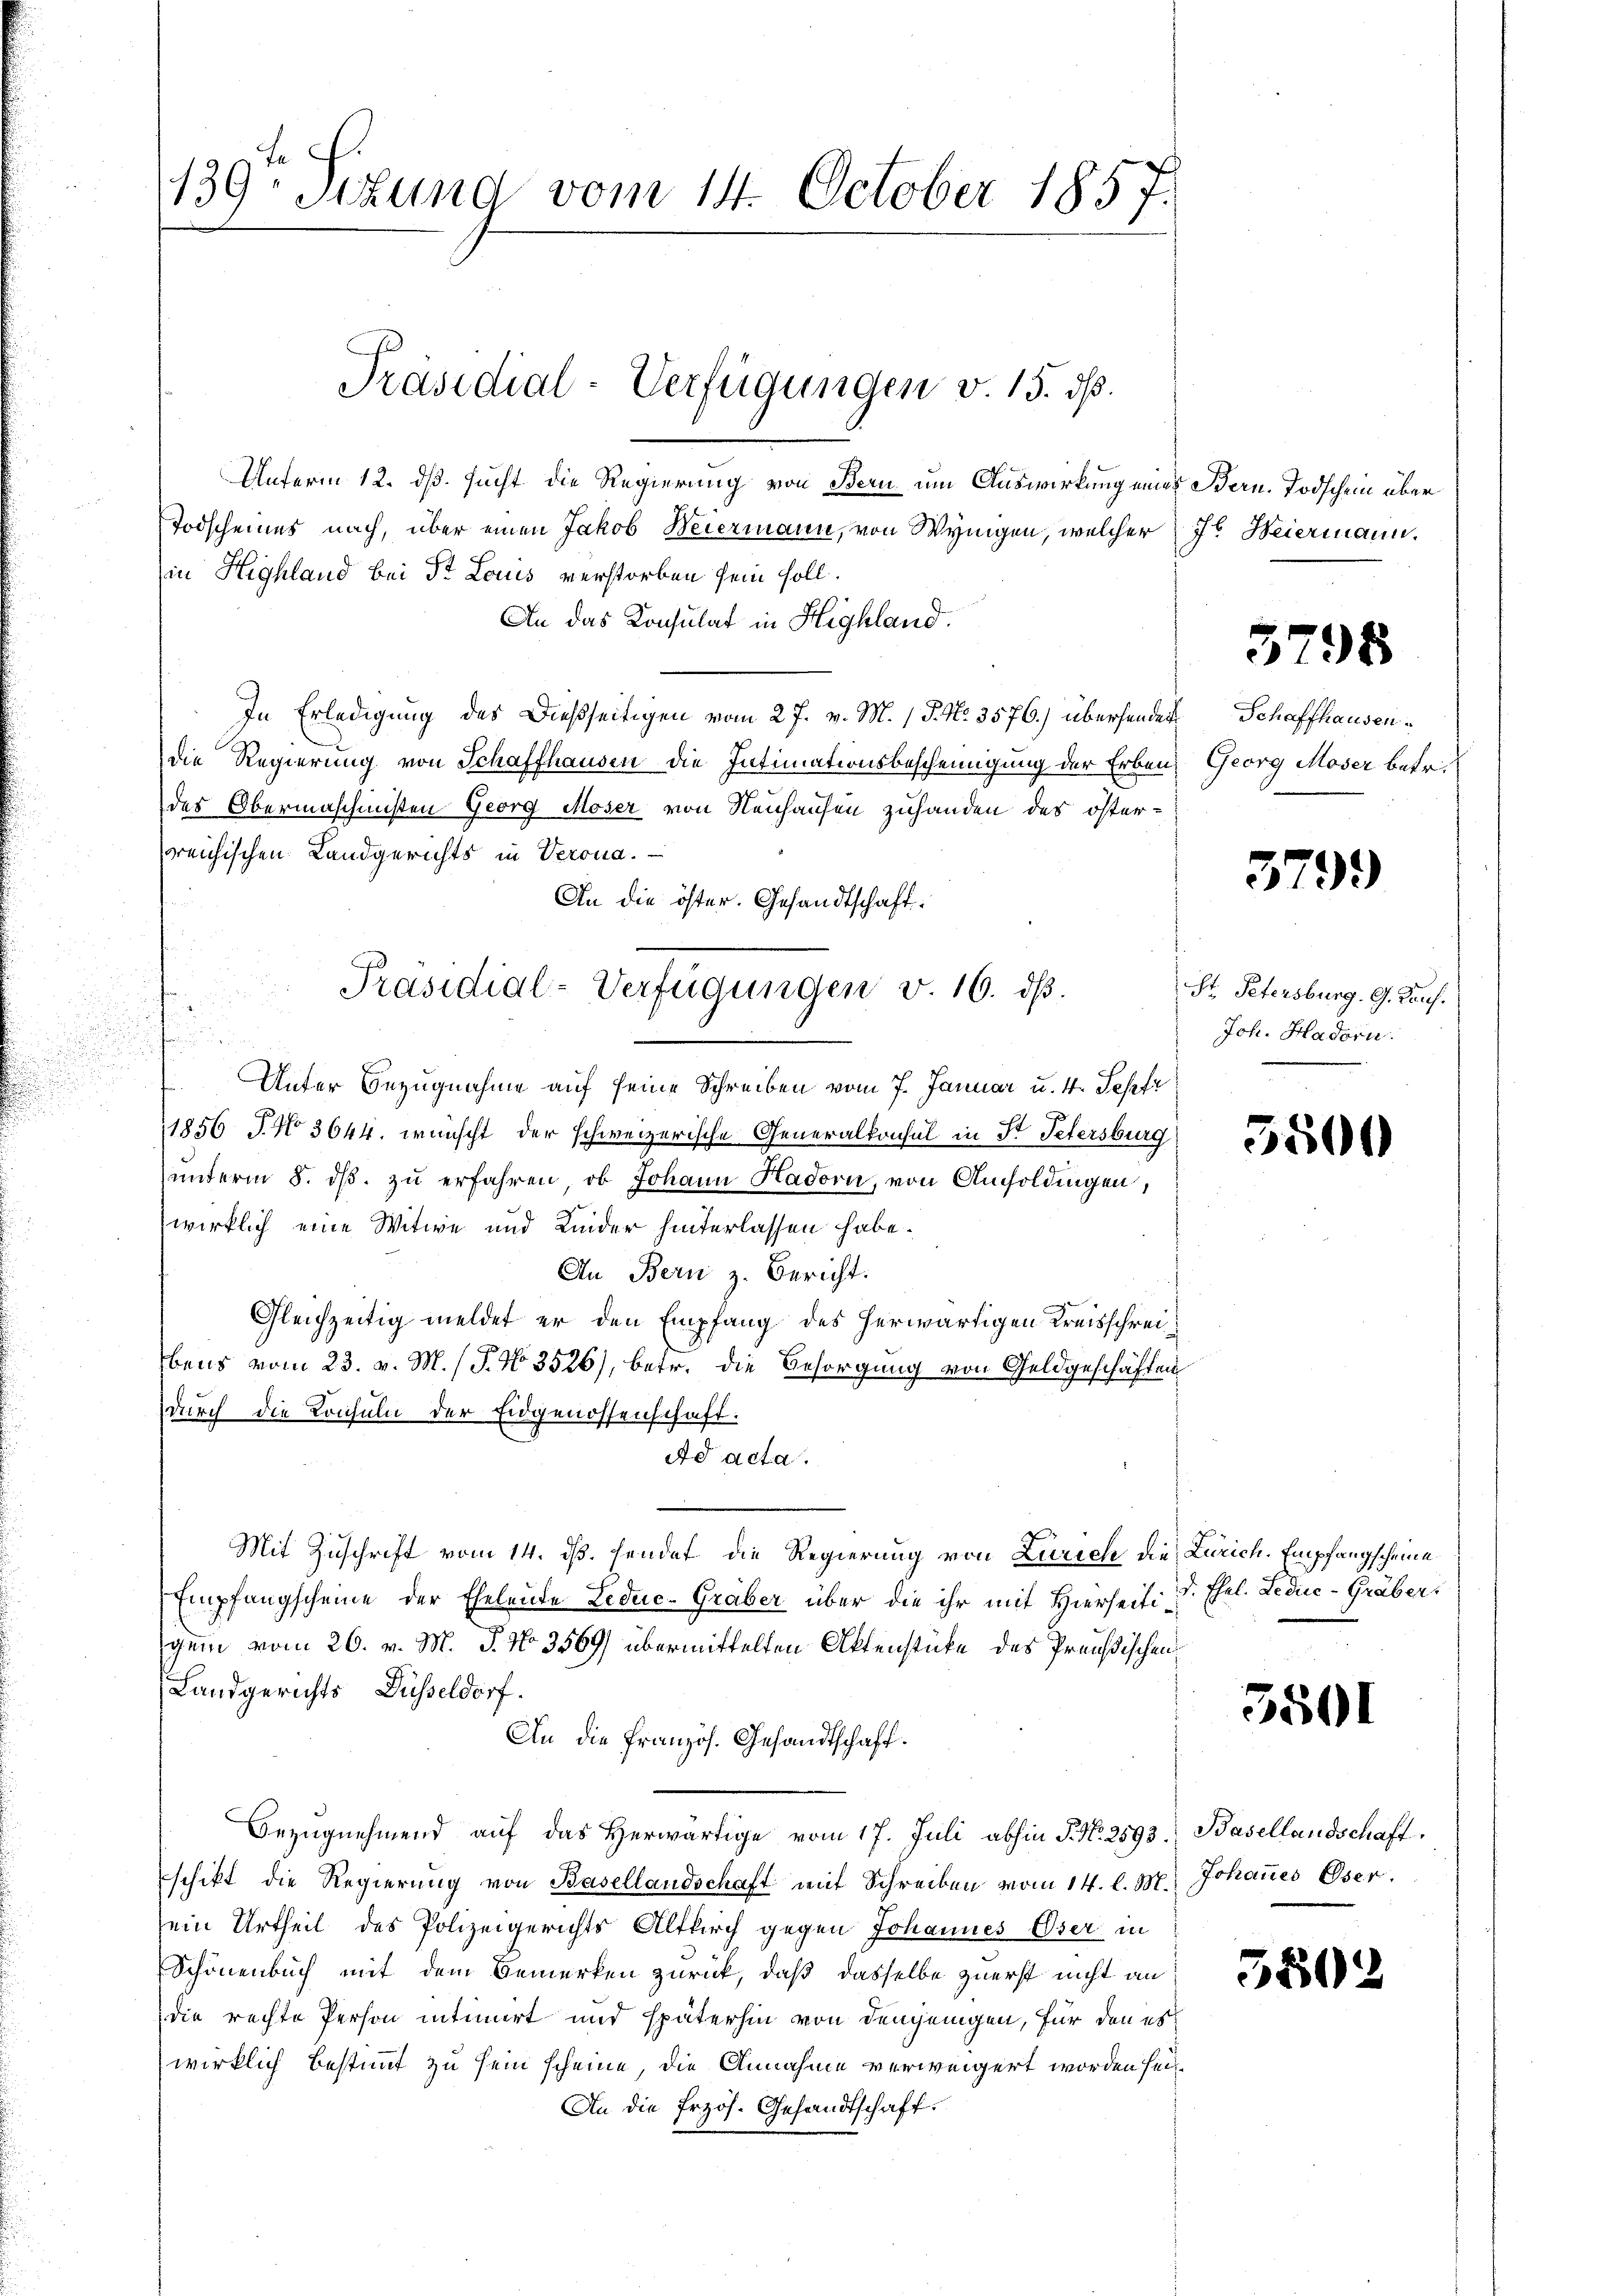
u
d

139sttung vom 14. October 1857.

Unterm 12. dß. sucht die Regierung von Bern um Auswirkung eines Bern. Todschein über
Todscheines nach, über einen Jakob Weiermann, von Wynigen, welcher Jr. Weiermann.
in Highland bei St. Louis verstorben sein soll.
An das Konsulat in Highland.
In Erledigung des Dießseitigen vom 27. v. M. (T. N. 3576.) übersendert
die Regierung von Schaffhausen die Intimationsbescheinigung der Erben,
des Obermaschinisten Georg Moser von Neuhausen zuhanden des österreichischen Landgerichts in Verona.
An die öster. Gesandtschaft.
u
Unter Bezugnahme auf seine Schreiben vom 7. Januar u. 4. Sepfr
1856 J. No 3644. wünscht der schweizerische Generalkonsul in St. Petersburg
unterm 8. ds. zu erfahren, ob Johann Hadorn, von Amsoldingen,
wirklich eine Witwe und Linder hinterlassen habe.
An Bern z. Bericht.
Gleichzeitig meldet er den Empfang des herwärtigen Kreisschreibens vom 23. v. M. / P. No 3526), betr. die Besorgung von Geldgeschäften
durch die Konsuln der Eidgenossenschaft:
Ad acta.
Mit Zuschrift vom 14. ds. sendet die Regierung von Zürich die Zürich. Empfangscheine
Empfangscheine der Eheleute Leduc-Graber über die ihr mit Hierseitigem vom 26. v. M. J. No. 3569) übermittelten Aktenstücke des Prädischen
Landgerichts Düsseldorf.
An die französ. Gesandtschaft.
Bezugnehmend auf das Herwärtige vom 17. Juli abhin P. Nr. 2593. Basellandschaft
schikt die Regierung von Basellandschaft mit Schreiben vom 14. l. M.
sein Urtheil des Polizeigerichts Altkirch gegen Johannes Oser in
Schönenbuch mit dem Bemerken zurück, daß dasselbe zuerst nicht an
die rechte Person intimirt und späterhin von denjenigen, für den es
wirklich bestimmt zu sein scheine, die Annahme verweigert worden sei
An die Erzös. Gesandtschaft.

Präsidial-Verfügungen v. 15. ds.

Präsidial-Verfügungen v. 16. ds.

5798

Schaffhausen.
Georg Moser betr.

379.)

St. Petersburg. G. Kauf.
Joh. Hadorn.

5500

d. Ehel. Ledie Gräber,

3501

Johannes Oser.

5802